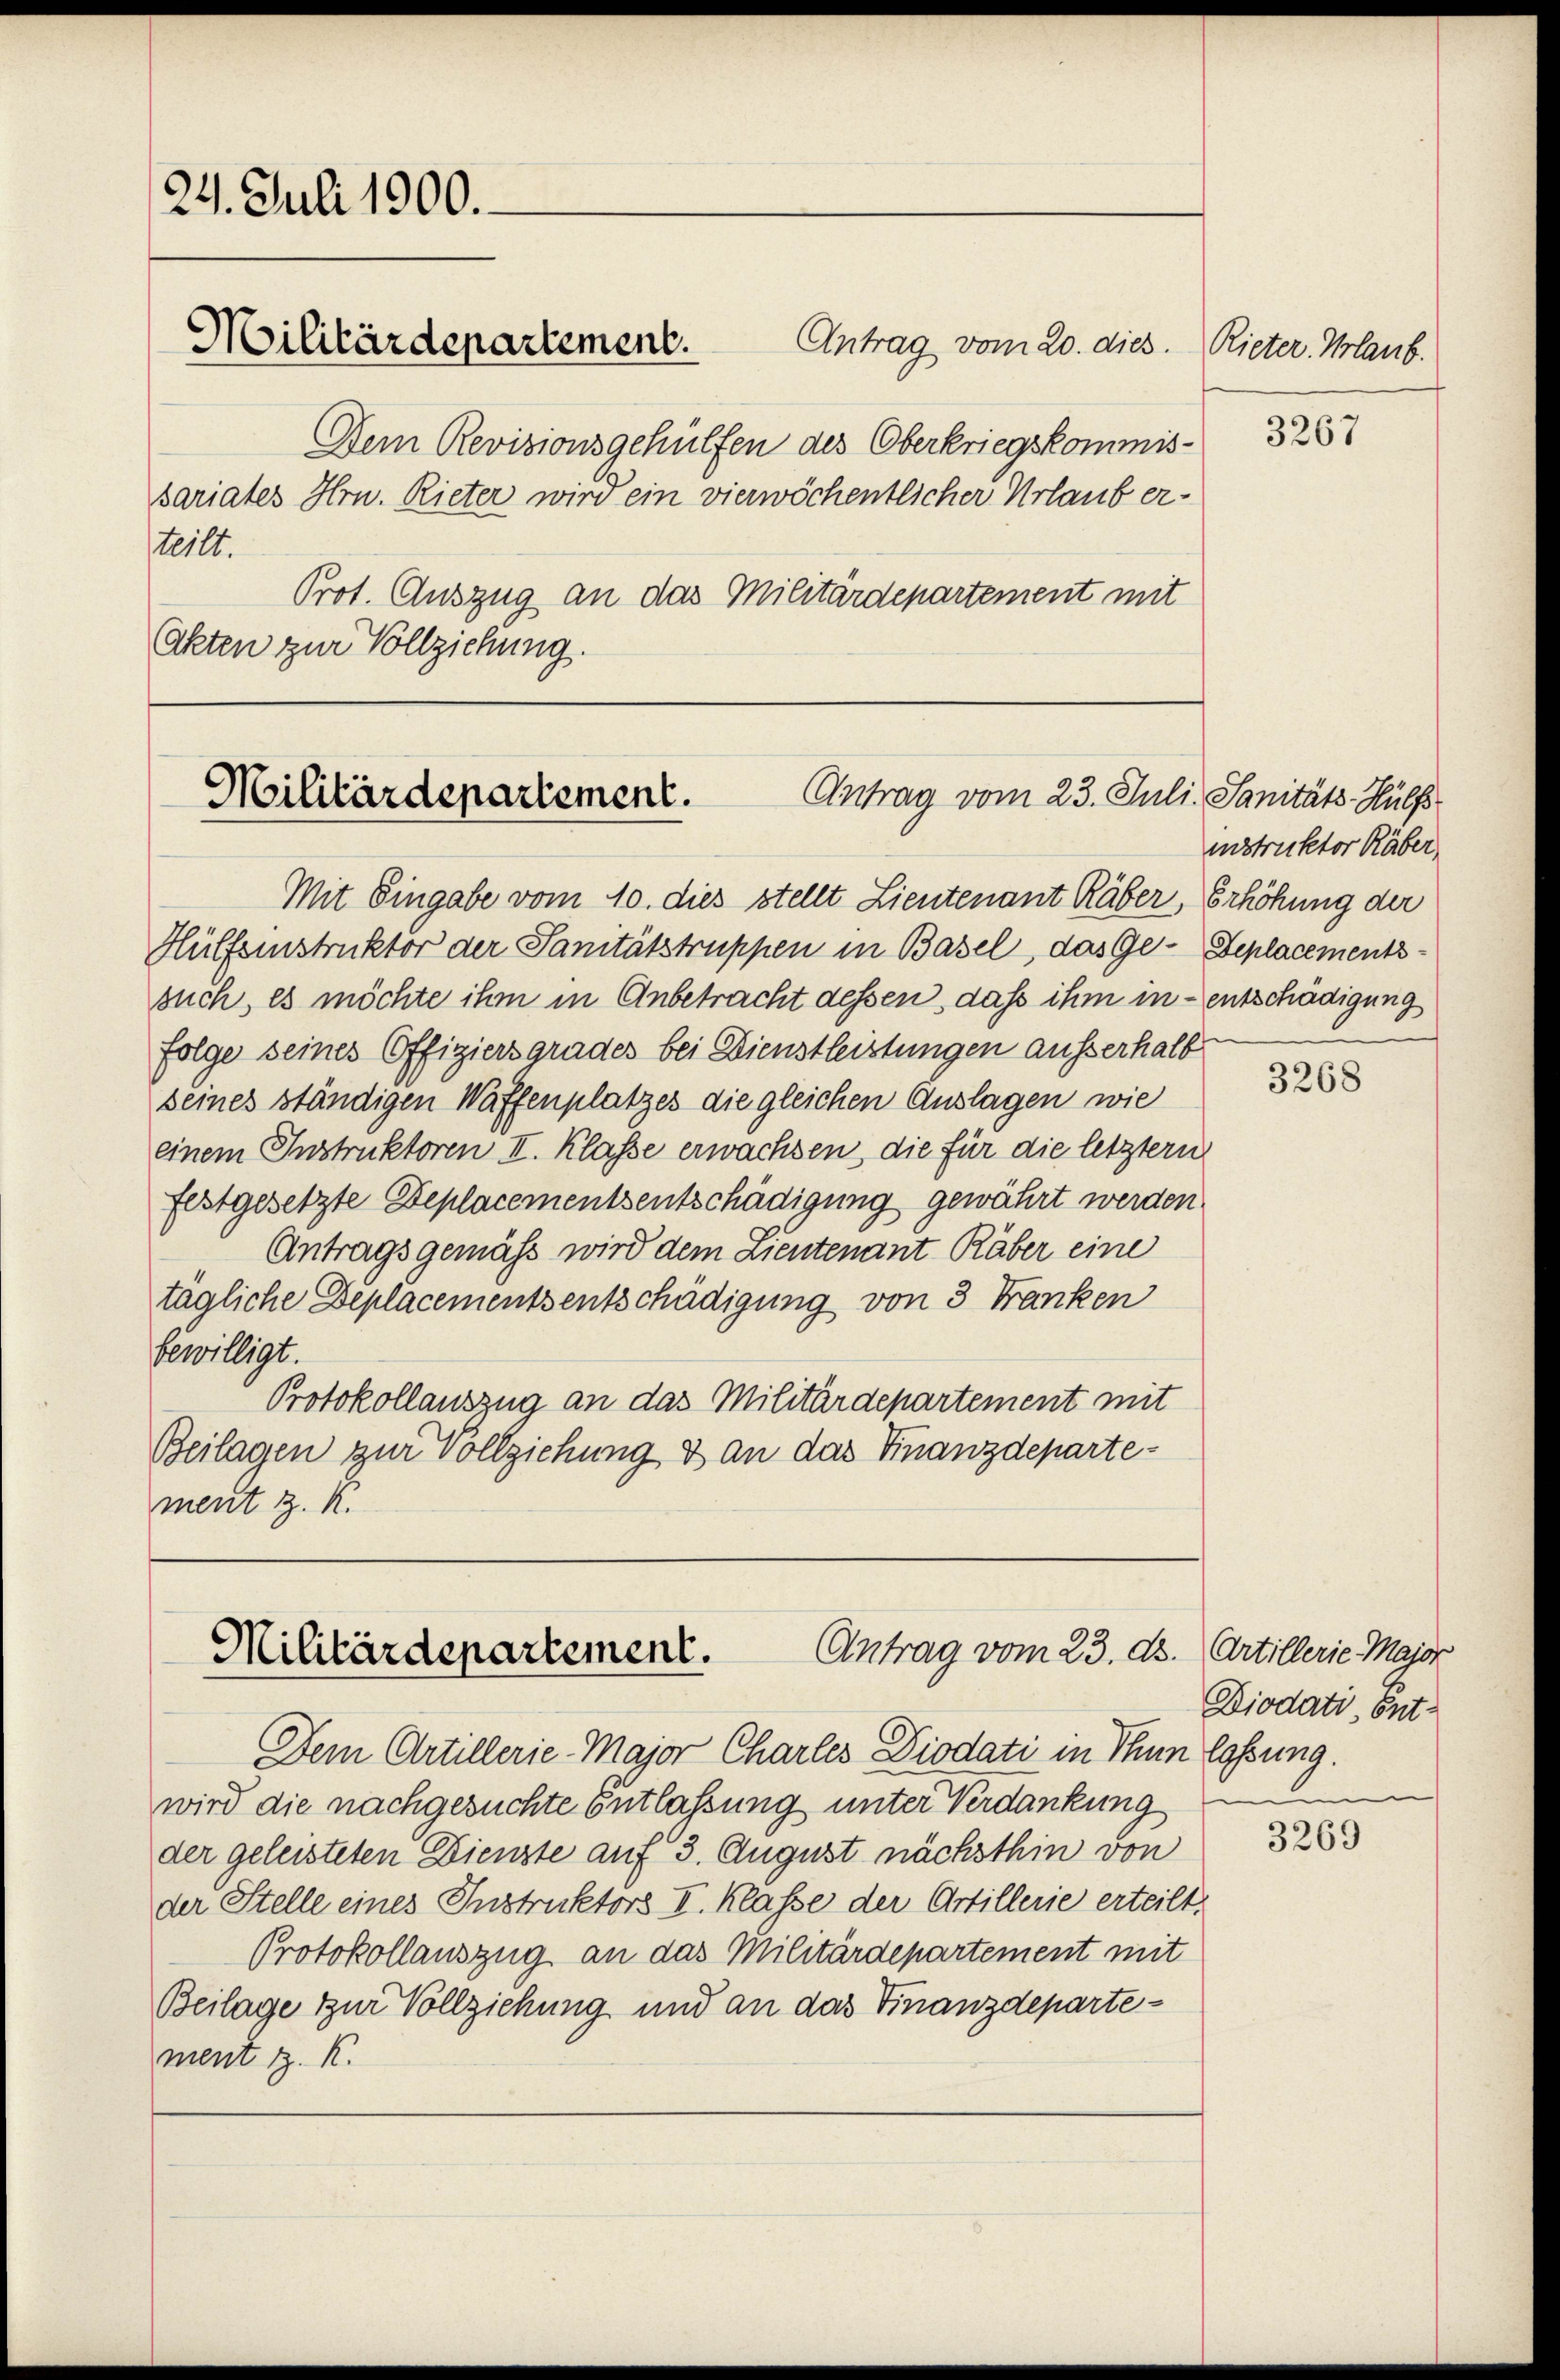
24. Juli 1900.
Militärdepartement.
sariates Hrn. Rieter wird ein vierwöchentlicher Urlaub erteilt.
Akten zur Vollziehung.

Antrag vom 20. dies. Rieter. Urlaub.
Dem Revisionsgehülfen des Oberkriegskommis¬
Prot. Auszug an das Militärdepartement mit

Militärdepartement.
Antrag vom 23. Juli Sanitäts Hülf

Mit Eingabe vom 10. dies stellt Lieutenant Räber, Erhöhung der
Hüffeinstruktor der Sanitätstruppen in Basel, das Ge- Zeplacementssuch, es möchte ihm in Anbetracht dessen, daß ihm in entschädigung
folge seines Offiziers grades bei Dienstleistungen ausserhalb
seines ständigen Waffenplatzes die gleichen Auslagen wie
einem Instruktoren II. Klasse erwachsen, die für die letztern
festgesetzte Deplacementsentschädigung gewährt werden.
Antragsgemäß wird dem Lieutenant Räber eine
tagliche Deplacementsentschädigung von 3 Franken
bewilligt.
Protokollauszug an das Militärdepartement mit
Beilagen zur Vollziehung & an das Finanzdepartement z. R.

Antrag vom 23. ds. Artillerie Major
Militärdepartement.

Dem Artillerie-Major Charles Diodati in Thun lassung.
wird die nachgesuchte Entlassung unter Verdankung
der geleisteten Dienste auf 3. August nächsthin von
der Stelle eines Instruktors I. Klasse der Artillerie erteilt.
Protokollauszug an das Militärdepartement mit
Beilage zur Vollziehung und an das Finanzdepartement z. K.

3267

instruktor Räber

3268

Diodati Ent¬

3269